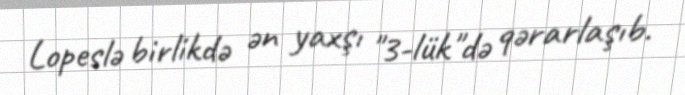
Lopeslə birlikdə ən yaxşı "3-lük"də qərarlaşıb.